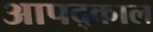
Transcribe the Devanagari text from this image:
आपद्काल